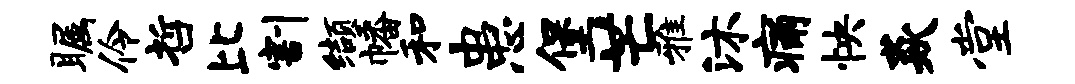
瞩伶哲比割缬幡和患堡芒雅沐痛怏焱堂